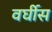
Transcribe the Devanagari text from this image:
वर्घीस